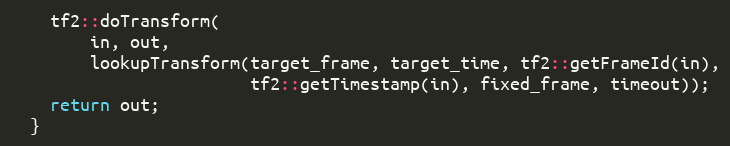
Language: C
    tf2::doTransform(
        in, out,
        lookupTransform(target_frame, target_time, tf2::getFrameId(in),
                        tf2::getTimestamp(in), fixed_frame, timeout));
    return out;
  }